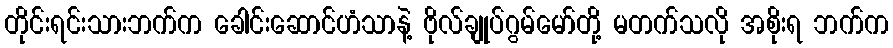
တိုင်းရင်းသားဘက်က ခေါင်းဆောင်ဟံသာနဲ့ ဗိုလ်ချုပ်ဂွမ်မော်တို့ မတက်သလို အစိုးရ ဘက်က